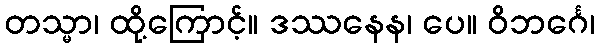
တသ္မာ၊ ထို့ကြောင့်။ ဒဿနေန၊ ပေ။ ဝိဘင်္ဂေ၊